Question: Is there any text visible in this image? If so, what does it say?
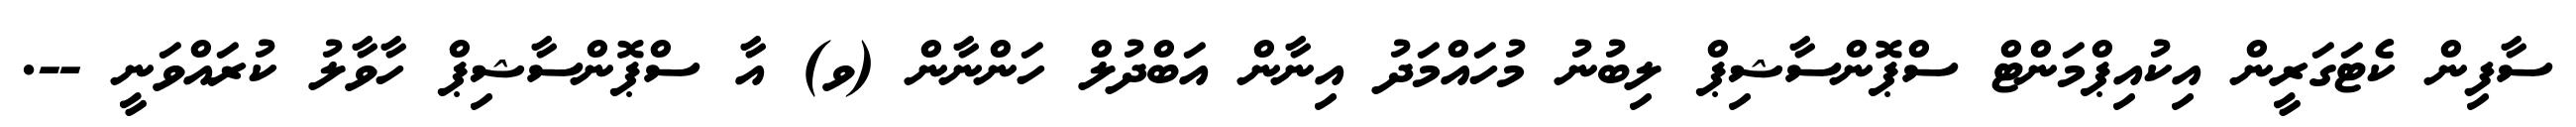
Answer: ސާފިން ކެޓަގަރީން އިކުއިޕްމަންޓް ސްޕޮންސާޝިޕް ލިބުނު މުހައްމަދު އިނާން އަބްދުލް ހަންނާން (ވ) އާ ސްޕޮންސާޝިޕް ހާވާލު ކުރައްވަނީ --.